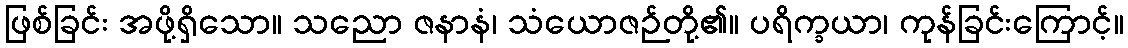
ဖြစ်ခြင်း အဖို့ရှိသော။ သညော ဇနာနံ၊ သံယောဇဉ်တို့၏။ ပရိက္ခယာ၊ ကုန်ခြင်းကြောင့်။